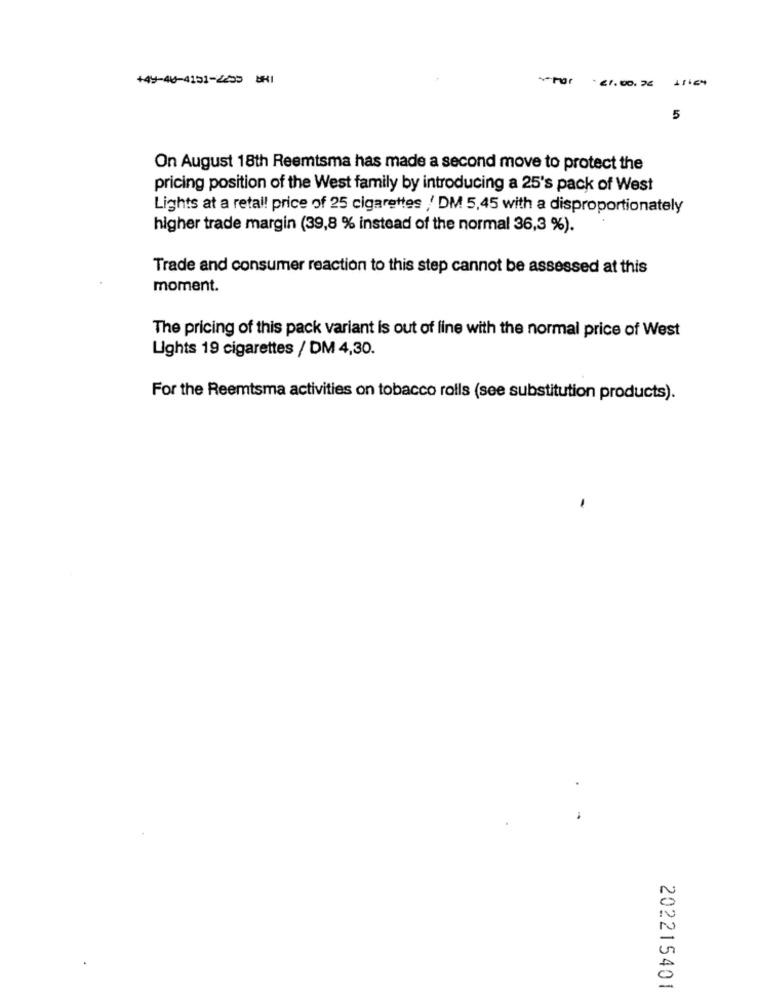
+49-40-4151-2255 8H1
5
On August 18th Reemtsma has made a second move to protect the
pricing position of the West family by introducing a 25's pack of West
Lights at a retail price of 25 cigarettes / DM 5,45 with a disproportionately
higher trade margin (39,8 % instead of the normal 36,3 %).
Trade and consumer reaction to this step cannot be assessed at this
moment.
The pricing of this pack variant is out of line with the normal price of West
Lights 19 cigarettes / DM 4,30.
For the Reemtsma activities on tobacco rolls (see substitution products).
202215401